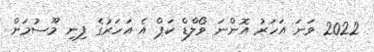
2022 ވަނަ އަހަރު އޮންނަ ވޯލްޑް ކަޕް އެ އަހަރުގެ ފިނި މޫސުމަށް